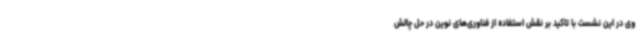
وی در این نشست با تاکید بر نقش استفاده از فناوری‌های نوین در حل چالش